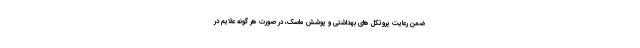
ضمن رعایت پروتکل های بهداشتی و پوشش ماسک، در صورت هر گونه علایم در